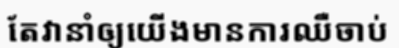
តែវានាំឲ្យយើងមានការឈឺចាប់